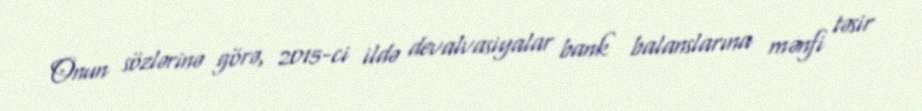
Onun sözlərinə görə, 2015-ci ildə devalvasiyalar bank balanslarına mənfi təsir